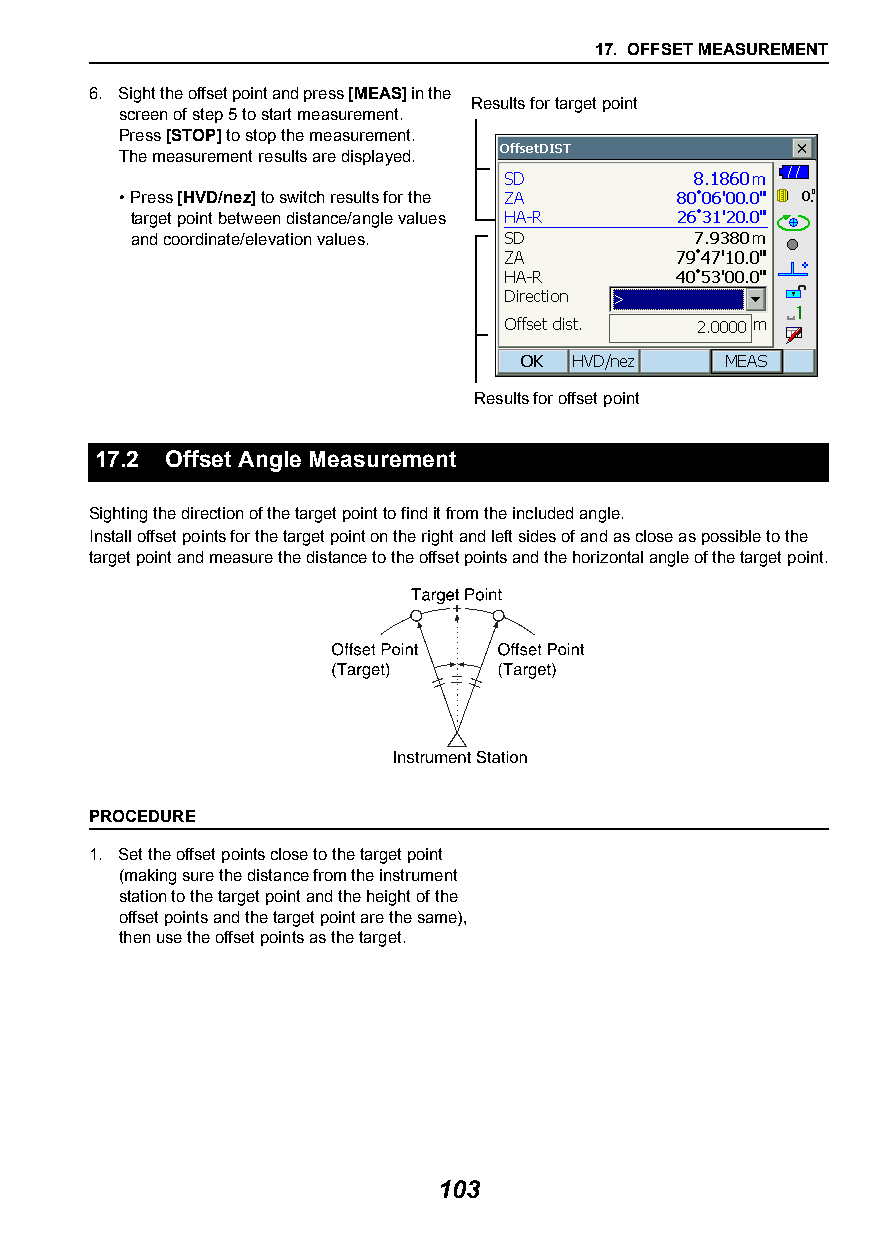
17. OFFSET MEASUREMENT
 6. Sight the offset point and press [MEAS] in the
 Results for target point
 screen of step 5 to start measurement.
 Press [STOP] to stop the measurement.
 The measurement results are displayed.
 •Press [HVD/nez] to switch results for the
 target point between distance/angle values
 and coordinate/elevation values.
 Results for offset point
 17.2 Offset Angle Measurement
 Sighting the direction of the target point to find it from the included angle.
 Install offset points for the target point on the right and left sides of and as close as possible to the
 target point and measure the distance to the offset points and the horizontal angle of the target point.
 PROCEDURE
 1. Set the offset points close to the target point
 (making sure the distance from the instrument
 station to the target point and the height of the
 offset points and the target point are the same),
 then use the offset points as the target.
 103